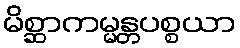
မိစ္ဆာကမ္မန္တပစ္စယာ